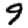
Digit: 9